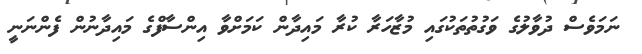
ނަމަވެސް ދުވާލުގެ ވަގުތުތަކުގައި މުޒާހަރާ ކުރާ މައިދާން ކަމަށްވާ އިންސާފްގެ މައިދާނުން ފެންނަނީ